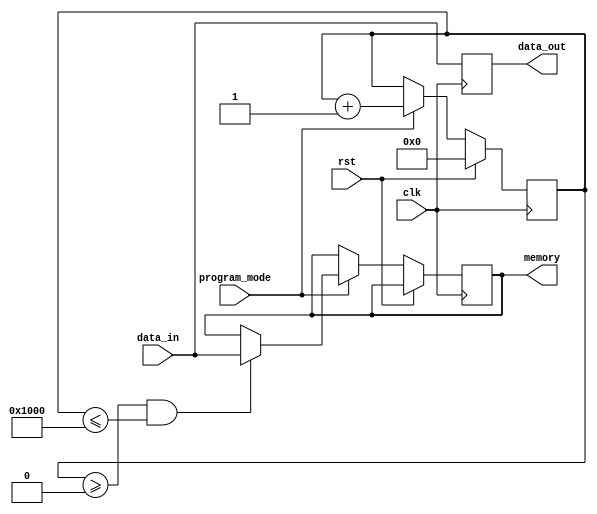
module jtag2 #(
parameter integer num_of_tiles = 4,
parameter integer tile_id = 0,
parameter integer mem_cycles = 4096
)
(
    input clk,
    input data_in,
    input rst,
    input program_mode,
    output reg memory,
    output reg data_out
);
parameter clk_recv_min = (tile_id) + (tile_id)*mem_cycles;
parameter clk_recv_max = clk_recv_min + mem_cycles;

reg [20:0]clk_recv_count = 0;

always @(posedge clk ) begin
    data_out = data_in;
    if(!rst) begin
        if(program_mode) begin
            if(clk_recv_count >= clk_recv_min && clk_recv_count <= clk_recv_max) begin
                    memory <= data_in;
            end
            clk_recv_count <= clk_recv_count + 1;
        end
    end
    else begin
        clk_recv_count = 0;
    end
end

endmodule